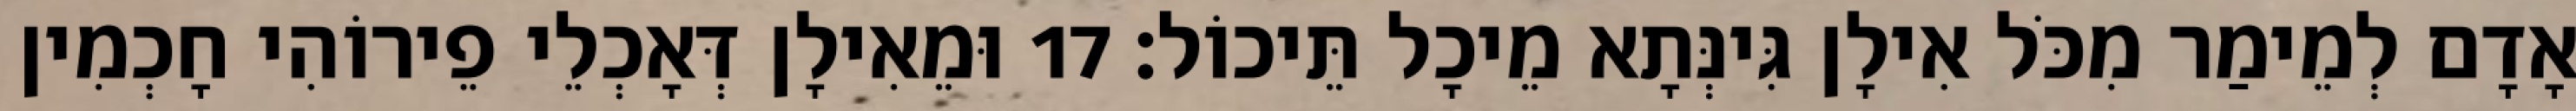
אָדָם לְמֵימַר מִכֹּל אִילָן גִּינְּתָא מֵיכָל תֵּיכוֹל׃ 17 וּמֵאִילָן דְּאָכְלֵי פֵירוֹהִי חָכְמִין